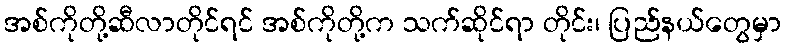
အစ်ကိုတို့ဆီလာတိုင်ရင် အစ်ကိုတို့က သက်ဆိုင်ရာ တိုင်း၊ ပြည်နယ်တွေမှာ